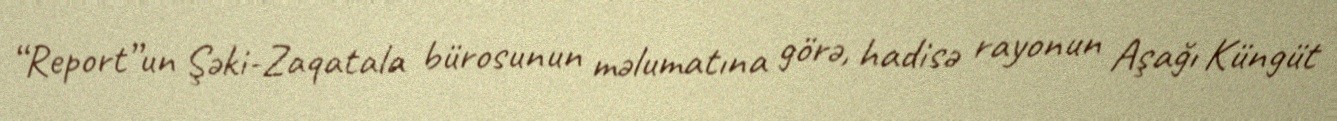
“Report”un Şəki-Zaqatala bürosunun məlumatına görə, hadisə rayonun Aşağı Küngüt